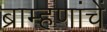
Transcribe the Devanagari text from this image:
ब्राम्हणांचें